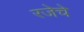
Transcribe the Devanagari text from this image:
रजेचे